Report of the Indian Hemp Drugs Commission, 1894-1895 - Volume IV
Year: 1894
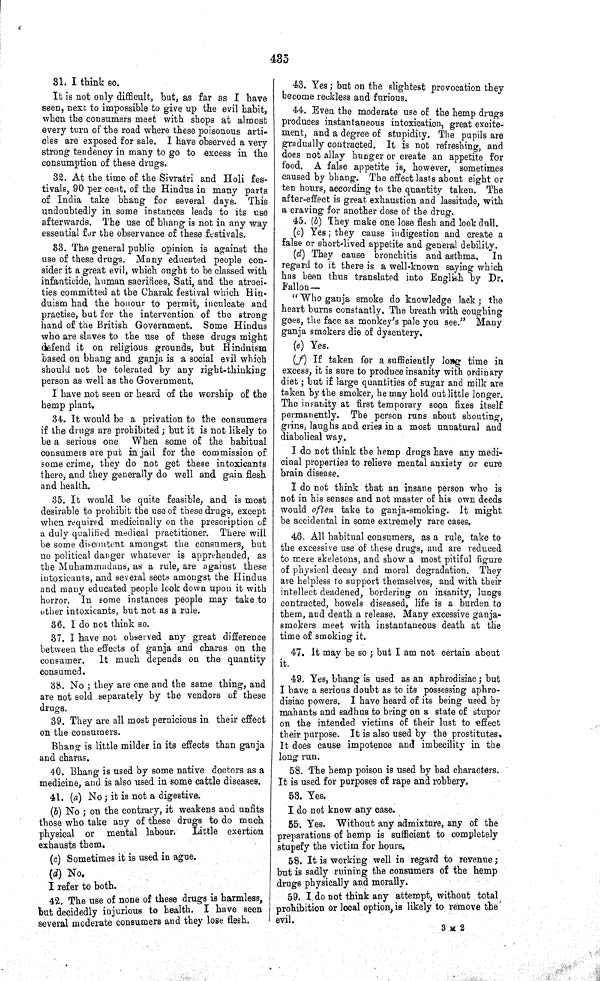
435
31. I think so.
It is not only difficult, but, as far as I have
seen, next to impossible to give up the evil habit,
when the consumers meet with shops at almost
every turn of the road where these poisonous arti-
cles are exposed for sale. I have observed a very
strong tendency in many to go to excess in the
consumption of these drugs.
32. At the time of the Sivratri and Holi fes-
tivals, 90 per cent. of the Hindus in many parts
of India take bhang for several days. This
undoubtedly in some instances leads to its use
afterwards. The use of bhang is not in any way
essential for the observance of these festivals.
33. The general public opinion is against the
use of these drugs. Many educated people con-
sider it a great evil, which ought to be classed with
infanticide, human sacrifices, Sati, and the atroci-
ties committed at the Charak festival which Hin-
duism had the honour to permit, inculcate and
practise, but for the intervention of the strong
hand of the British Government. Some Hindus
who are slaves to the use of these drugs might
defend it on religious grounds, but Hinduism
based on bhang and ganja is a social evil which
should not be tolerated by any right-thinking
person as well as the Government.
I have not seen or heard of the worship of the
hemp plant.
34. It would be a privation to the consumers
if the drugs are prohibited; but it is not likely to
be a serious one When some of the habitual
consumers are put in jail for the commission of
some crime, they do not get these intoxicants
there, and they generally do well and gain flesh
and health.
35. It would be quite feasible, and is most
desirable to prohibit the use of these drugs, except
when required medicinally on the prescription of
a duly qualified medical practitioner. There will
be some discontent amongst the consumers, but
no political danger whatever is apprehended, as
the Muhammadans, as a rule, are against these
intoxicants, and several sects amongst the Hindus
and many educated people look down upon it with
horror. In some instances people may take to
other intoxicants, but not as a rule.
36. I do not think so.
37. I have not observed any great difference
between the effects of ganja and charas on the
consumer.
It much depends on the quantity
consumed.
38. No; they are one and the same thing, and
are not sold separately by the vendors of these
drugs.
39. They are all most pernicious in their effect
on the consumers.
Bhang is little milder in its effects than ganja
and charas.
40. Bhang is used by some native doctors as a
medicine, and is also used in some cattle diseases.
41. (a) No; it is not a digestive.
(b) No; on the contrary, it weakens and unfits
those who take any of these drugs to do much
physical or mental labour.
Little exertion
exhausts them.
(c) Sometimes it is used in ague.
(d) No.
I refer to both.
42. The use of none of these drugs is harmless,
but decidedly injurious to health. I have seen
several moderate consumers and they lose flesh.
43. Yes; but on the slightest provocation they
become reckless and furious.
44. Even the moderate use of the hemp drugs
produces instantaneous intoxication, great excite-
ment, and a degree of stupidity. The pupils are
gradually contracted. It is not refreshing, and
does not allay hunger or create an appetite for
food. A false appetite is, however, sometimes
caused by bhang. The effect lasts about eight or
ten hours, according to the quantity taken. The
after-effect is great exhaustion and lassitude, with
a craving for another dose of the drug.
45. (b) They make one lose flesh and look dull.
(c) Yes; they cause indigestion and create a
false or short-lived appetite and general debility.
(d) They cause bronchitis and asthma.
In
regard to it there is a well-known saying which
has been thus translated into English by Dr.
Fallon-
"Who ganja smoke do knowledge lack; the
heart burns constantly. The breath with coughing
goes, the face as monkey's pale you see." Many
ganja smokers die of dysentery.
(e) Yes.
(f) If taken for a sufficiently long time in
excess, it is sure to produce insanity with ordinary
diet; but if large quantities of sugar and milk are
taken by the smoker, he may hold out little longer.
The insanity at first temporary soon fixes itself
permanently. The person runs about shouting,
grins, laughs and cries in a most unnatural and
diabolical way.
I do not think the hemp drugs have any medi-
cinal properties to relieve mental anxiety or cure
brain disease.
I do not think that an insane person who is
not in his senses and not master of his own deeds
would often take to ganja-smoking. It might
be accidental in some extremely rare cases.
46. All habitual consumers, as a rule, take to
the excessive use of these drugs, and are reduced
to mere skeletons, and show a most pitiful figure
of physical decay and moral degradation. They
are helpless to support themselves, and with their
intellect deadened, bordering on insanity, lungs
contracted, bowels diseased, life is a burden to
them, and death a release. Many excessive ganja-
smokers meet with instantaneous death at the
time of smoking it.
47. It may be so; but I am not certain about
it.
49. Yes, bhang is used as an aphrodisiac; but
I have a serious doubt as to its possessing aphro-
disiac powers. I have heard of its being used by
mahants and sadhus to bring on a state of stupor
on the intended victims of their lust to effect
their purpose. It is also used by the prostitutes.
It does cause impotence and imbecility in the
long run.
58. The hemp poison is used by bad characters.
It is used for purposes of rape and robbery.
53. Yes.
I do not know any case.
55. Yes. Without any admixture, any of the
preparations of hemp is sufficient to completely
stupefy the victim for hours.
58. It is working well in regard to revenue;
but is sadly ruining the consumers of the hemp
drugs physically and morally.
59. I do not think any attempt, without total
prohibition or local option, is likely to remove the
evil.
3 M 2